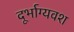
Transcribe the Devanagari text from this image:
दूर्भाग्यवश